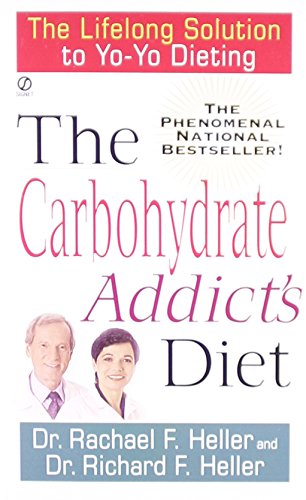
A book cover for The Carbohydrate Addict's Diet: The Lifelong Solution to Yo-Yo Dieting (Signet); Dr. Rachael F. Heller; Health, Fitness & Dieting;